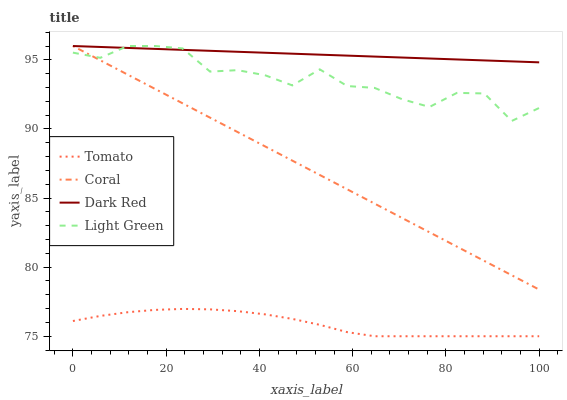
| xaxis_label | Tomato | Coral | Dark Red | Light Green |
 | --- | --- | --- | --- | --- |
 | 0 | 76.1 | 96 | 96 | 95.5 |
 | 5.88 | 76.5 | 95 | 95.9 | 95.1 |
 | 11.8 | 76.7 | 93.9 | 95.9 | 96 |
 | 17.6 | 76.9 | 92.9 | 95.8 | 96 |
 | 23.5 | 77 | 91.9 | 95.7 | 95.8 |
 | 29.4 | 76.9 | 90.8 | 95.7 | 94.1 |
 | 35.3 | 76.8 | 89.8 | 95.6 | 94.3 |
 | 41.2 | 76.6 | 88.7 | 95.5 | 93.9 |
 | 47.1 | 76.3 | 87.7 | 95.4 | 93.2 |
 | 52.9 | 75.8 | 86.7 | 95.4 | 94.3 |
 | 58.8 | 75.3 | 85.6 | 95.3 | 93.1 |
 | 64.7 | 75 | 84.6 | 95.2 | 93 |
 | 70.6 | 75 | 83.6 | 95.2 | 92.2 |
 | 76.5 | 75 | 82.5 | 95.1 | 91.6 |
 | 82.4 | 75 | 81.5 | 95 | 92.6 |
 | 88.2 | 75 | 80.4 | 95 | 92.6 |
 | 94.1 | 75 | 79.4 | 94.9 | 90.6 |
 | 100 | 75 | 78.4 | 94.8 | 91.5 |